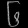
Digit: ၆